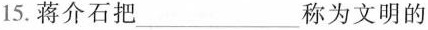
15. 蒋介石把___称为文明的